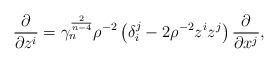
LaTeX: \begin{align*}\frac{\partial}{\partial z^i}=\gamma_n^{\frac{2}{n-4}}\rho^{-2}\left(\delta^j_i - 2\rho^{-2}z^iz^j \right)\frac{\partial}{\partial x^j},\end{align*}